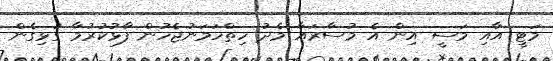
މަޓީ އާއި މަސީ އިން އެ މުސާރައާ މެދު ހިތްހަމަނުޖެހުން ފާޅުކުރުމާ ގުޅިގެން